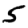
Digit: 5